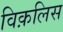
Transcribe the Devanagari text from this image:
विक़लिस